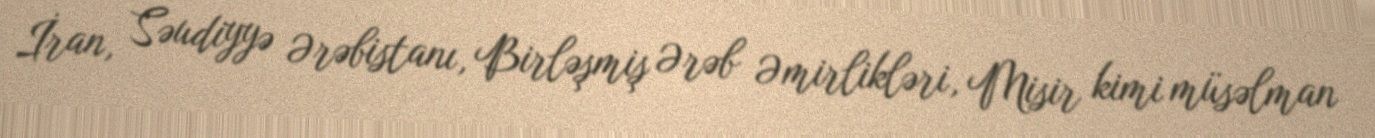
İran, Səudiyyə Ərəbistanı, Birləşmiş Ərəb Əmirlikləri, Misir kimi müsəlman